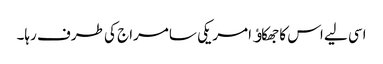
اسی لیے اس کا جھکاﺅ امریکی سامراج کی طرف رہا۔